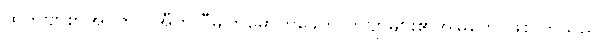
ထိုကဗျာစာအုပ်တွင် အီတလီမျက်မှောက်ခေတ် ကဗျာများ၏အမြုတေ ဖြစ်လာသည်။